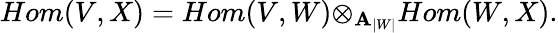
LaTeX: Hom(V,X)=Hom(V,W){\otimes}_{{\mathbf A}_{|W|}}Hom(W,X).